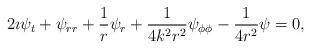
LaTeX: \begin{align*}2\imath \psi_{t} + \psi_{rr}+\frac{1}{r}\psi_{r}+\frac{1}{4k^2 r^2}\psi_{\phi\phi} -\frac{1}{4r^2}\psi = 0,\end{align*}